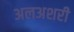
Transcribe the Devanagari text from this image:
अलअशरी